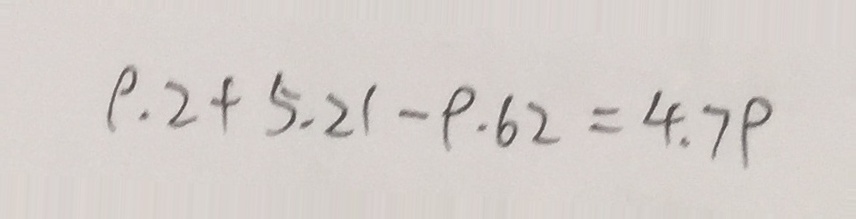
9 . 2 + 5 . 2 1 - 9 . 6 2 = 4 . 7 9